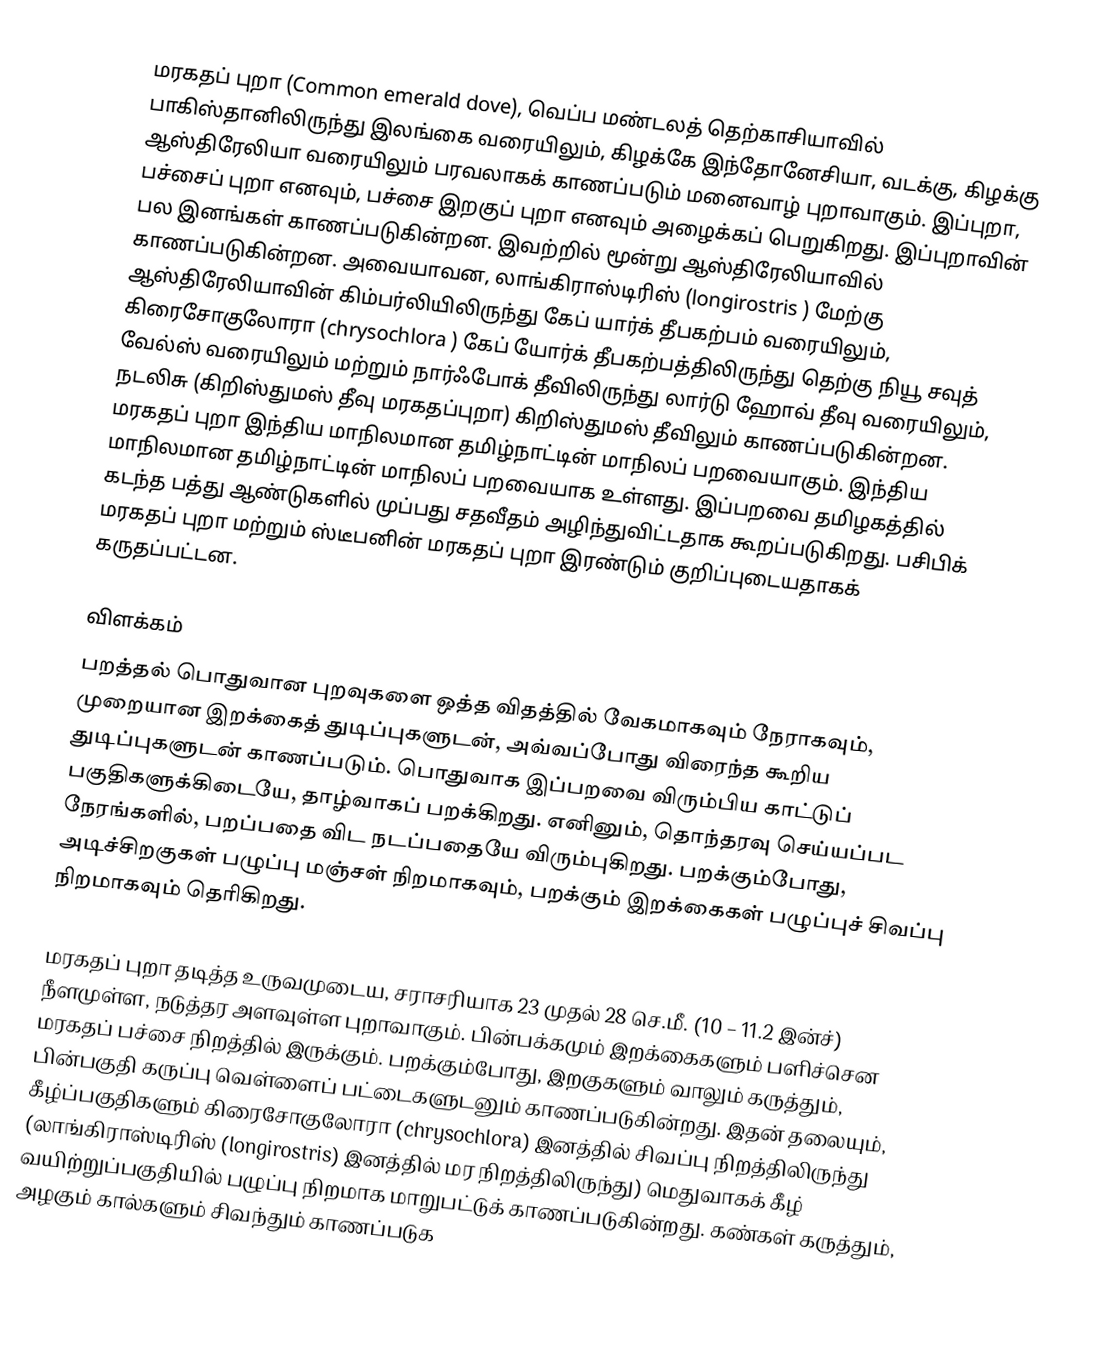
மரகதப் புறா (Common emerald dove), வெப்ப மண்டலத் தெற்காசியாவில் பாகிஸ்தானிலிருந்து இலங்கை வரையிலும், கிழக்கே இந்தோனேசியா, வடக்கு, கிழக்கு ஆஸ்திரேலியா வரையிலும் பரவலாகக் காணப்படும் மனைவாழ் புறாவாகும். இப்புறா, பச்சைப் புறா எனவும், பச்சை இறகுப் புறா எனவும் அழைக்கப் பெறுகிறது. இப்புறாவின் பல இனங்கள் காணப்படுகின்றன. இவற்றில் மூன்று ஆஸ்திரேலியாவில் காணப்படுகின்றன. அவையாவன, லாங்கிராஸ்டிரிஸ் (longirostris ) மேற்கு ஆஸ்திரேலியாவின் கிம்பர்லியிலிருந்து கேப் யார்க் தீபகற்பம் வரையிலும், கிரைசோகுலோரா (chrysochlora )  கேப் யோர்க் தீபகற்பத்திலிருந்து தெற்கு நியூ சவுத் வேல்ஸ் வரையிலும் மற்றும் நார்ஃபோக் தீவிலிருந்து லார்டு ஹோவ் தீவு வரையிலும், நடலிசு (கிறிஸ்துமஸ் தீவு மரகதப்புறா) கிறிஸ்துமஸ் தீவிலும் காணப்படுகின்றன. மரகதப் புறா இந்திய மாநிலமான தமிழ்நாட்டின் மாநிலப் பறவையாகும். இந்திய மாநிலமான தமிழ்நாட்டின் மாநிலப் பறவையாக உள்ளது. இப்பறவை தமிழகத்தில் கடந்த பத்து ஆண்டுகளில் முப்பது சதவீதம் அழிந்துவிட்டதாக கூறப்படுகிறது. பசிபிக் மரகதப் புறா மற்றும் ஸ்டீபனின் மரகதப் புறா இரண்டும் குறிப்புடையதாகக் கருதப்பட்டன.

விளக்கம்
பறத்தல் பொதுவான புறவுகளை ஒத்த விதத்தில் வேகமாகவும் நேராகவும், முறையான இறக்கைத் துடிப்புகளுடன், அவ்வப்போது விரைந்த கூறிய துடிப்புகளுடன் காணப்படும். பொதுவாக இப்பறவை விரும்பிய காட்டுப் பகுதிகளுக்கிடையே, தாழ்வாகப் பறக்கிறது. எனினும், தொந்தரவு செய்யப்பட நேரங்களில், பறப்பதை விட நடப்பதையே விரும்புகிறது. பறக்கும்போது, அடிச்சிறகுகள் பழுப்பு மஞ்சள் நிறமாகவும், பறக்கும் இறக்கைகள் பழுப்புச் சிவப்பு நிறமாகவும் தெரிகிறது.

மரகதப் புறா தடித்த உருவமுடைய, சராசரியாக 23 முதல் 28 செ.மீ. (10 – 11.2 இன்ச்) நீளமுள்ள, நடுத்தர அளவுள்ள புறாவாகும். பின்பக்கமும் இறக்கைகளும் பளிச்சென மரகதப் பச்சை நிறத்தில் இருக்கும். பறக்கும்போது, இறகுகளும் வாலும் கருத்தும், பின்பகுதி கருப்பு வெள்ளைப் பட்டைகளுடனும் காணப்படுகின்றது. இதன் தலையும், கீழ்ப்பகுதிகளும் கிரைசோகுலோரா (chrysochlora)  இனத்தில் சிவப்பு நிறத்திலிருந்து (லாங்கிராஸ்டிரிஸ் (longirostris)  இனத்தில் மர நிறத்திலிருந்து) மெதுவாகக் கீழ் வயிற்றுப்பகுதியில் பழுப்பு நிறமாக மாறுபட்டுக் காணப்படுகின்றது. கண்கள் கருத்தும், அழகும் கால்களும் சிவந்தும் காணப்படுக